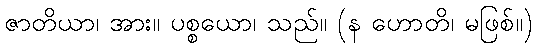
ဇာတိယာ၊ အား။ ပစ္စယော၊ သည်။ (န ဟောတိ၊ မဖြစ်။)